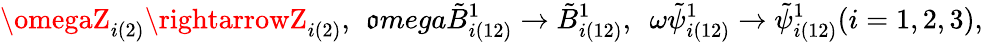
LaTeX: \omegaZ_{i(2)}\rightarrowZ_{i(2)},\ \, \mathfrak{o}mega\tilde{{B}}_{i(12)}^{1}\rightarrow\tilde{{B}}_{i(12)}^{1},\ \ \omega\tilde{{\psi}}_{i(12)}^{1}\rightarrow\tilde{{\psi}}_{i(12)}^{1}(i=1,2,3),